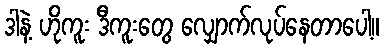
ဒါနဲ့ ဟိုကူး ဒီကူးတွေ လျှောက်လုပ်နေတာပေါ့။